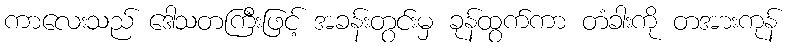
ကာလေးသည် ဒေါသတကြီးဖြင့် အခန်းတွင်းမှ ခုန်ထွက်ကာ တံခါးကို တအားကုန်